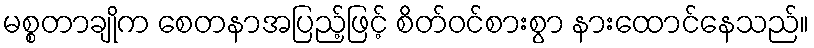
မစ္စတာချိုက စေတနာအပြည့်ဖြင့် စိတ်ဝင်စားစွာ နားထောင်နေသည်။